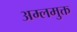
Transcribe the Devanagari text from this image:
अम्लमुक्त